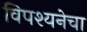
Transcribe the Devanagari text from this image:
विपश्यनेचा